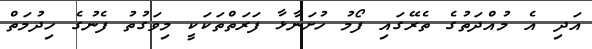
އަދި އެ މުއްދަތުގެ ތެރޭގައި ފޯމު ހުށަނާޅާ ފަރަތްތަކަކީ މިވަގުތު ފެނުގެ ހިދުމަތް